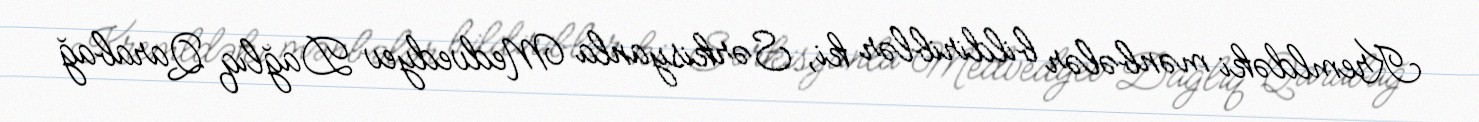
Kremldəki mənbələr bildiriblər ki, Sərkisyanla Medvedyev Dağlıq Qarabağ